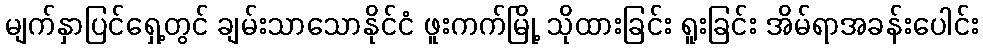
မျက်နှာပြင်ရှေ့တွင် ချမ်းသာသောနိုင်ငံ ဖူးကက်မြို့ သိုထားခြင်း ရူးခြင်း အိမ်ရာအခန်းပေါင်း